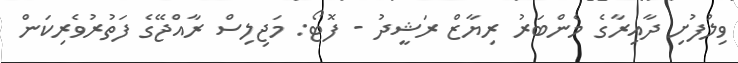
ވިލުފުށި ދާއިރާގެ މެންބަރު ރިޔާޒް ރަޝީދު - ފޮޓޯ: މަޖިލިސް ރާއްޖޭގެ ފަތުރުވެރިކަން